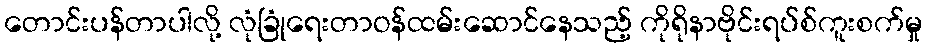
တောင်းပန်တာပါလို့ လုံခြုံရေးတာဝန်ထမ်းဆောင်နေသည့် ကိုရိုနာဗိုင်းရပ်စ်ကူးစက်မှု